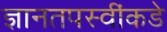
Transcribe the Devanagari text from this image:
ज्ञानतपस्वींकडे